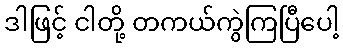
ဒါဖြင့် ငါတို့ တကယ်ကွဲကြပြီပေါ့